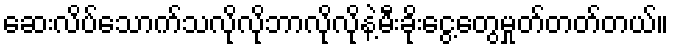
ဆေးလိပ်သောက်သလိုလိုဘာလိုလိုနဲ့မီးခိုးငွေ့တွေမှုတ်တတ်တယ်။